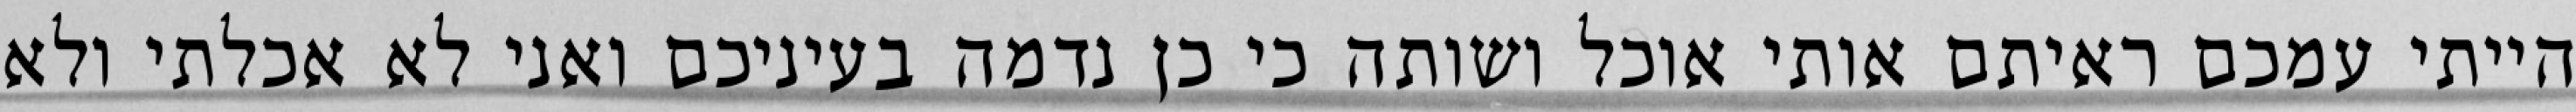
הייתי עמכם ראיתם אותי אוכל ושותה כי כן נדמה בעיניכם ואני לא אכלתי ולא